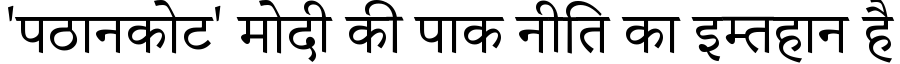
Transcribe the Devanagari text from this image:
'पठानकोट' मोदी की पाक नीति का इम्तहान है